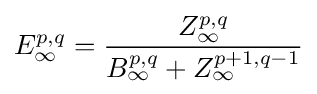
E_{\infty }^{p,q}={\frac {Z_{\infty }^{p,q}}{B_{\infty }^{p,q}+Z_{\infty }^{p+1,q-1}}}